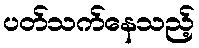
ပတ်သက်နေသည့်